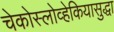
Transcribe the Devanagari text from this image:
चेकोस्लोव्हेकियासुद्धा